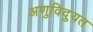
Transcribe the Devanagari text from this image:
अणुविदुयत